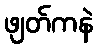
ဖျတ်ကနဲ